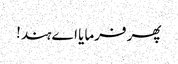
پھر فرمایا اے ہند!